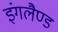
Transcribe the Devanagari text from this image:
इंगलैण्‍ड